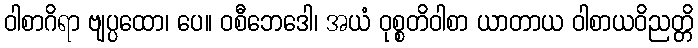
ဝါစာဂိရာ ဗျပ္ပထော၊ ပေ။ ဝစီဘေဒေါ၊ အယံ ဝုစ္စတိဝါစာ ယာတာယ ဝါစာယဝိညတ္တိ